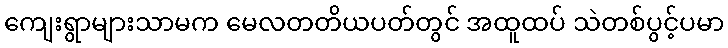
ကျေးရွာများသာမက မေလတတိယပတ်တွင် အထူထပ် သဲတစ်ပွင့်ပမာ